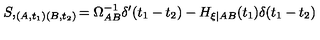
S , _ { ( A , t _ { 1 } ) ( B , t _ { 2 } ) } = \Omega _ { A B } ^ { - 1 } \delta ^ { \prime } ( t _ { 1 } - t _ { 2 } ) - H _ { \xi | A B } ( t _ { 1 } ) \delta ( t _ { 1 } - t _ { 2 } )